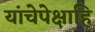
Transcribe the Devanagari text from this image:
यांचेपेक्षाहि